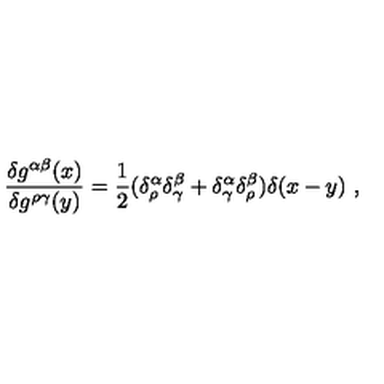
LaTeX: \frac { \delta g ^ { \alpha \beta } ( x ) } { \delta g ^ { \rho \gamma } ( y ) } = \frac { 1 } { 2 } ( \delta _ { \rho } ^ { \alpha } \delta _ { \gamma } ^ { \beta } + \delta _ { \gamma } ^ { \alpha } \delta _ { \rho } ^ { \beta } ) \delta ( x - y ) \ ,